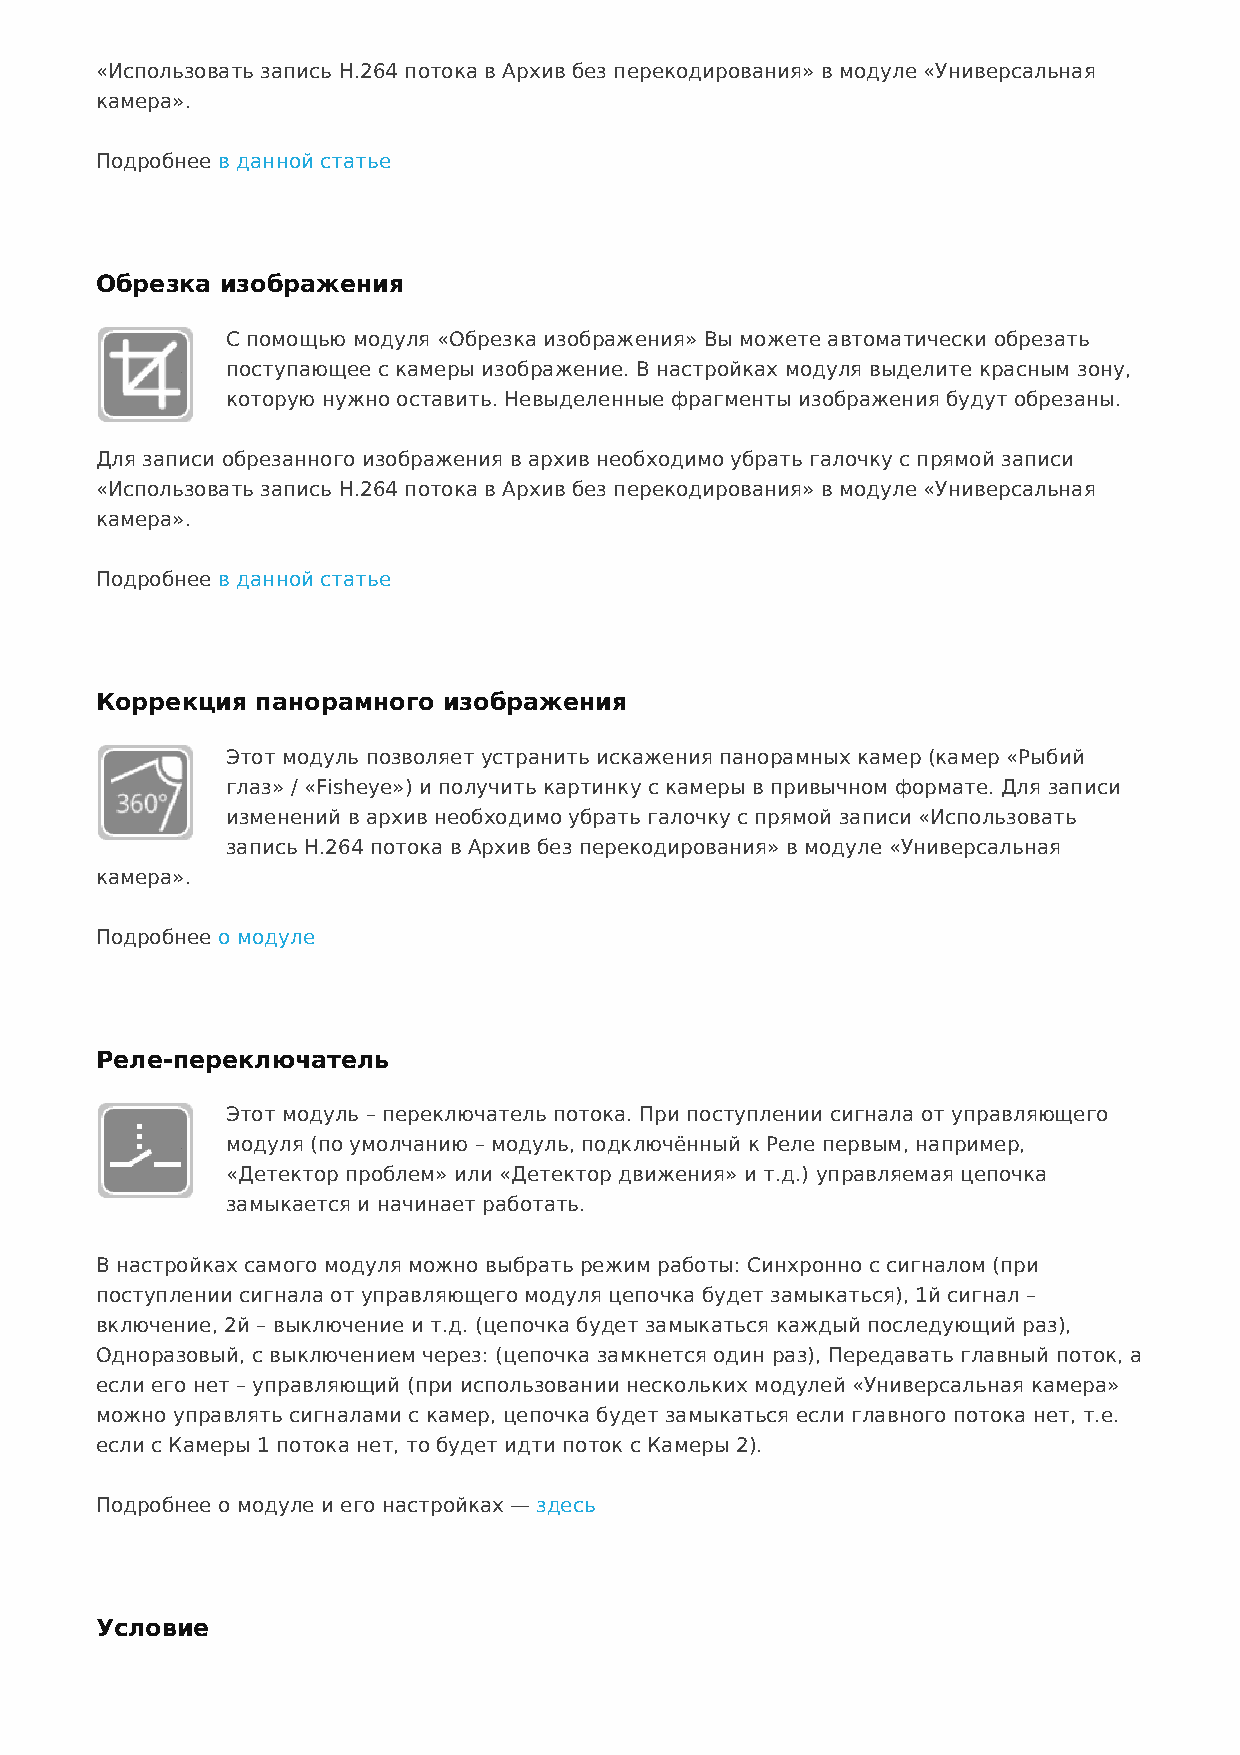
«Использовать запись H.264 потока в Архив без перекодирования» в модуле «Универсальная
 камера».
 Подробнее в данной статье
 Обрезка  изображения
 С помощью модуля «Обрезка изображения» Вы можете автоматически обрезать
 поступающее с камеры изображение. В настройках модуля выделите красным зону,
 которую нужно оставить. Невыделенные фрагменты изображения будут обрезаны.
 Для записи обрезанного изображения в архив необходимо убрать галочку с прямой записи
 «Использовать запись H.264 потока в Архив без перекодирования» в модуле «Универсальная
 камера».
 Подробнее в данной статье
 Коррекция  панорамного изображения
 Этот модуль позволяет устранить искажения панорамных камер (камер «Рыбий
 глаз» / «Fisheye») и получить картинку с камеры в привычном формате. Для записи
 изменений в архив необходимо убрать галочку с прямой записи «Использовать
 запись H.264 потока в Архив без перекодирования» в модуле «Универсальная
 камера».
 Подробнее о модуле
 Реле-переключатель
 Этот модуль – переключатель потока. При поступлении сигнала от управляющего
 модуля (по умолчанию – модуль, подключённый к Реле первым, например,
 «Детектор проблем» или «Детектор движения» и т.д.) управляемая цепочка
 замыкается и начинает работать.
 В настройках самого модуля можно выбрать режим работы: Синхронно с сигналом (при
 поступлении сигнала от управляющего модуля цепочка будет замыкаться), 1й сигнал –
 включение, 2й – выключение и т.д. (цепочка будет замыкаться каждый последующий раз),
 Одноразовый, с выключением через: (цепочка замкнется один раз), Передавать главный поток, а
 если его нет – управляющий (при использовании нескольких модулей «Универсальная камера»
 можно управлять сигналами с камер, цепочка будет замыкаться если главного потока нет, т.е.
 если с Камеры 1 потока нет, то будет идти поток с Камеры 2).
 Подробнее о модуле и его настройках — здесь
 Условие